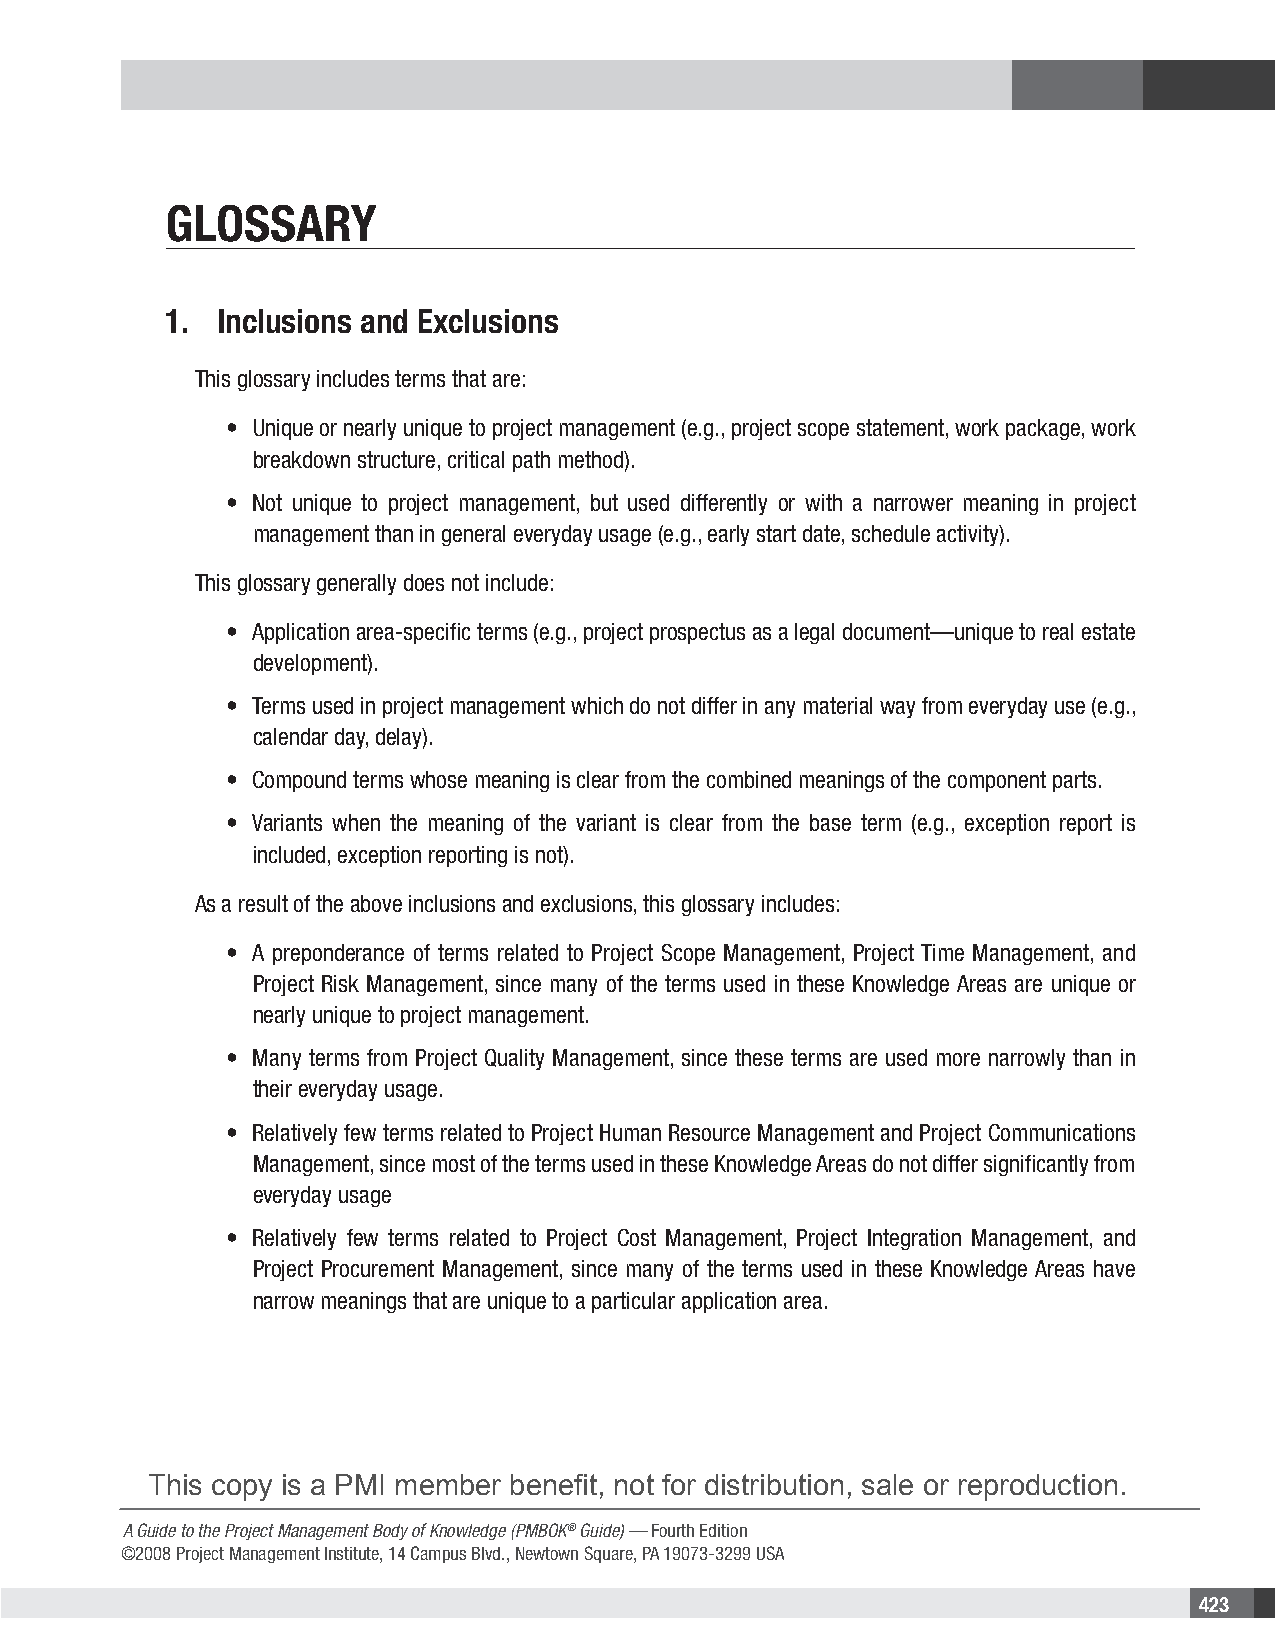
GLOSSARY
 1.  Inclusions and Exclusions
 This glossary includes terms that are:
 • Unique or nearly unique to project management (e.g., project scope statement, work package, work
 breakdown structure, critical path method).
 • Not unique to project management, but used differently or with a narrower meaning in project
 management than in general everyday usage (e.g., early start date, schedule activity).
 This glossary generally does not include:
 • Application area-specific terms (e.g., project prospectus as a legal document—unique to real estate
 development).
 • Terms used in project management which do not differ in any material way from everyday use (e.g.,
 calendar day, delay).
 • Compound terms whose meaning is clear from the combined meanings of the component parts.
 • Variants when the meaning of the variant is clear from the base term (e.g., exception report is
 included, exception reporting is not).
 As a result of the above inclusions and exclusions, this glossary includes:
 • A preponderance of terms related to Project Scope Management, Project Time Management, and
 Project Risk Management, since many of the terms used in these Knowledge Areas are unique or
 nearly unique to project management.
 • Many terms from Project Quality Management, since these terms are used more narrowly than in
 their everyday usage.
 • Relatively few terms related to Project Human Resource Management and Project Communications
 Management, since most of the terms used in these Knowledge Areas do not differ significantly from
 everyday usage
 • Relatively few terms related to Project Cost Management, Project Integration Management, and
 Project Procurement Management, since many of the terms used in these Knowledge Areas have
 narrow meanings that are unique to a particular application area.
 This copy is a PMI member benefit, not for distribution, sale or reproduction.
 A Guide to the Project Management Body of Knowledge (PMBOK® Guide) — Fourth Edition
 ©2008 Project Management Institute, 14 Campus Blvd., Newtown Square, PA 19073-3299 USA
 423